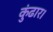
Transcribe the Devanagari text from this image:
कुंढार।